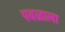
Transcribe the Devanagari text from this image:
पवळाला